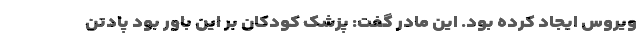
ویروس ایجاد کرده بود. این مادر گفت: پزشک کودکان بر این باور بود پادتن